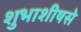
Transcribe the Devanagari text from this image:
शुभाशीषसे